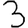
Digit: 3